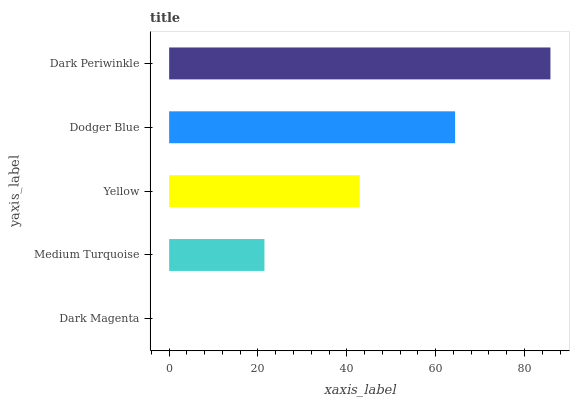
| yaxis_label | bars |
 | --- | --- |
 | Dark Magenta | 0 |
 | Medium Turquoise | 21.5 |
 | Yellow | 42.9 |
 | Dodger Blue | 64.4 |
 | Dark Periwinkle | 85.8 |